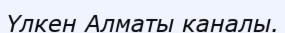
Үлкен Алматы каналы.